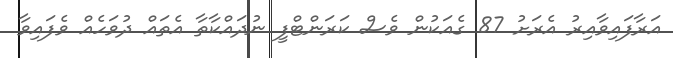
އަރާފައިވާއިރު އެރަށު 87 ގެއަކުން ވެސް ކަރަންޓްފީ ނުދައްކާތާ އެތައް ދުވަހެއް ވެފައިވާ